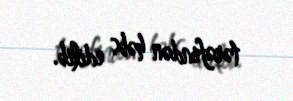
tərəfindən həbs edilib.